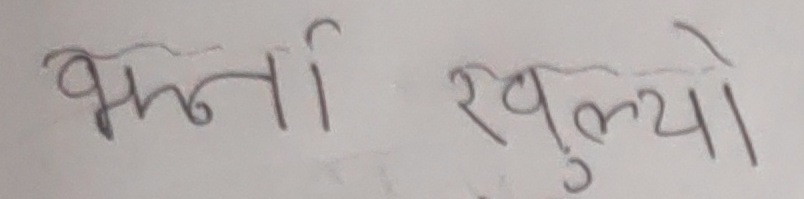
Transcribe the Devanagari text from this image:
भर्ना खुल्यो